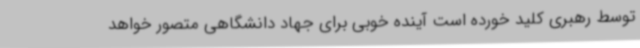
توسط رهبری کلید خورده است آینده خوبی برای جهاد دانشگاهی متصور خواهد